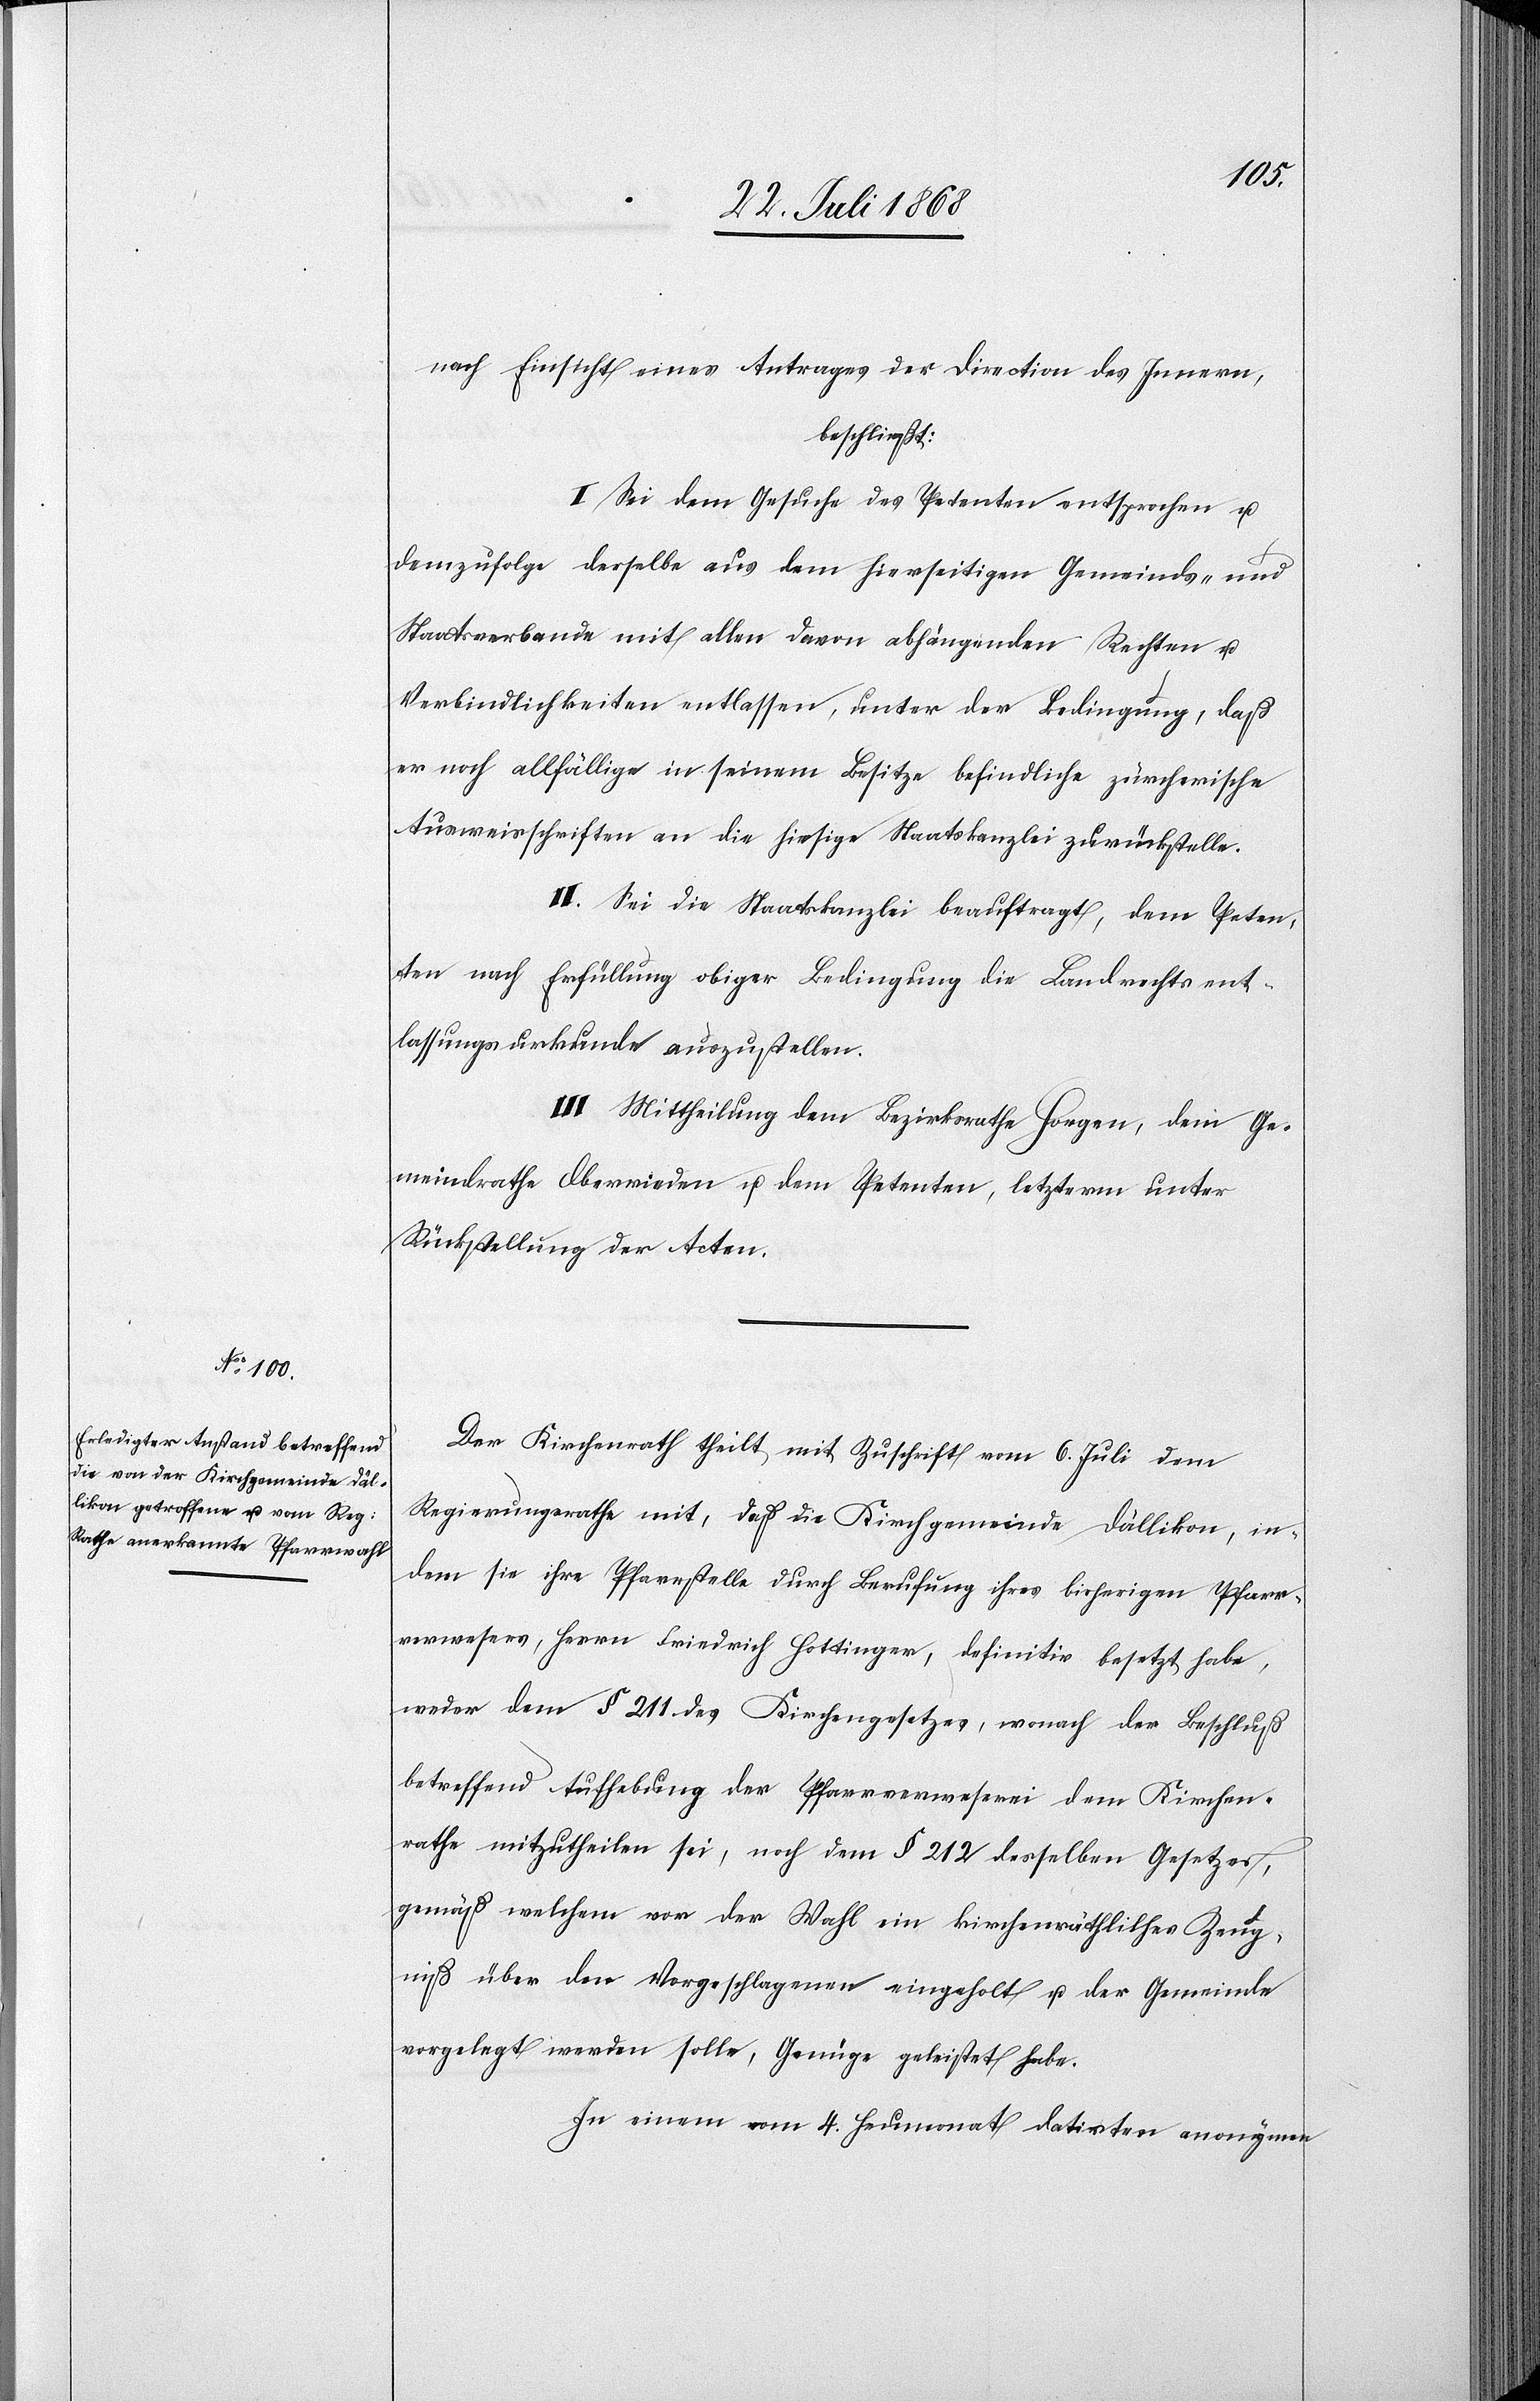
nach Einsicht eines Antrages der Direction des Innern,
beschließt:
I. Sei dem Gesuche des Petenten entsprochen u.
demzufolge derselbe aus dem hierseitigen Gemeinds- und
Staatsverbande mit allen davon abhängenden Rechten u.
Verbindlichkeiten entlassen, unter der Bedingung, daß
er noch allfällige in seinem Besitze befindliche zürcherische
Ausweisschriften an die hiesige Staatskanzlei zurückstelle.
II. Sei die Staatskanzlei beauftragt, dem Peten¬
ten nach Erfüllung obiger Bedingung die Landrechtsent¬
lassungsurkunde auszustellen.
III. Mittheilung dem Bezirksrathe Horgen, dem Ge¬
meindrathe Oberrieden u. dem Petenten, letzterm unter
Rückstellung der Acten.
Der Kirchenrath theilt mit Zuschrift vom 6. Juli dem
Regierungsrathe mit, daß die Kirchgemeinde Dällikon, in¬
dem sie ihre Pfarrstelle durch Berufung ihres bisherigen Pfarr¬
verwesers, Herrn Friedrich Hottinger, definitiv besetzt habe,
weder dem § 211 des Kirchengesetzes, wonach der Beschluß
betreffend Aufhebung der Pfarrverweserei dem Kirchen¬
rathe mitzutheilen sei, noch dem § 212 desselben Gesetzes,
gemäß welchem vor der Wahl ein kirchenräthliches Zeug¬
niß über den Vorgeschlagenen eingeholt u. der Gemeinde
vorgelegt werden solle, Genüge geleistet habe.
In einem vom 4. Heumonat datirten anonymen